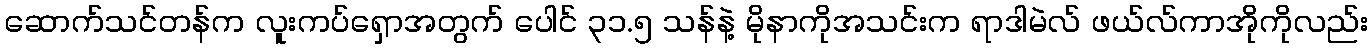
ဆောက်သင်တန်က လူးကပ်ရှောအတွက် ပေါင် ၃၁.၅ သန်နဲ့ မိုနာကိုအသင်းက ရာဒါမဲလ် ဖယ်လ်ကာအိုကိုလည်း